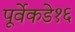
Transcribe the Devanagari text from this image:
पूर्वेकडे१६